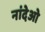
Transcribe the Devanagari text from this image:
नांदेओ